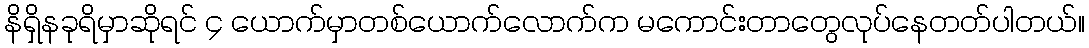
နိရှိနခုရိမှာဆိုရင် ၄ ယောက်မှာတစ်ယောက်လောက်က မကောင်းတာတွေလုပ်နေတတ်ပါတယ်။